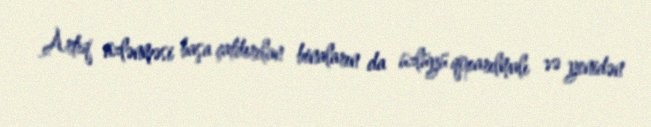
Artıq üzlənməsi başa çatdırılan binaların da üzlüyü qoparılmalı və yenidən